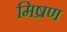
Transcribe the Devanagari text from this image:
मिष्रण